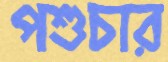
পশুচার